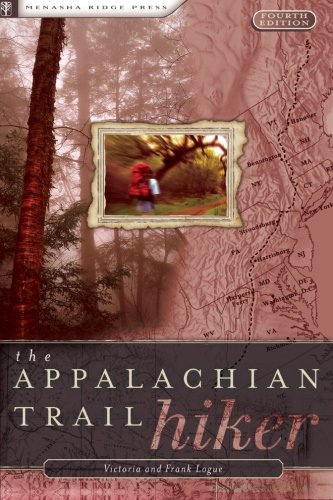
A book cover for The Appalachian Trail Hiker: Trail-Proven Advice for Hikes of Any Length; Victoria Logue; Travel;